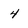
Character: 4